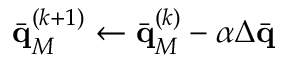
\bar { \mathbf q } _ { M } ^ { ( k + 1 ) } \gets \bar { \mathbf q } _ { M } ^ { ( k ) } - \alpha \Delta \bar { \mathbf q }